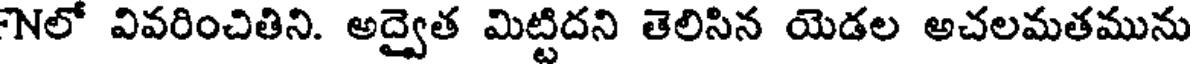
Nలో వివరించితిని. అద్వైత మిట్టిదని తెలిసిన యెడల అచలమతమును